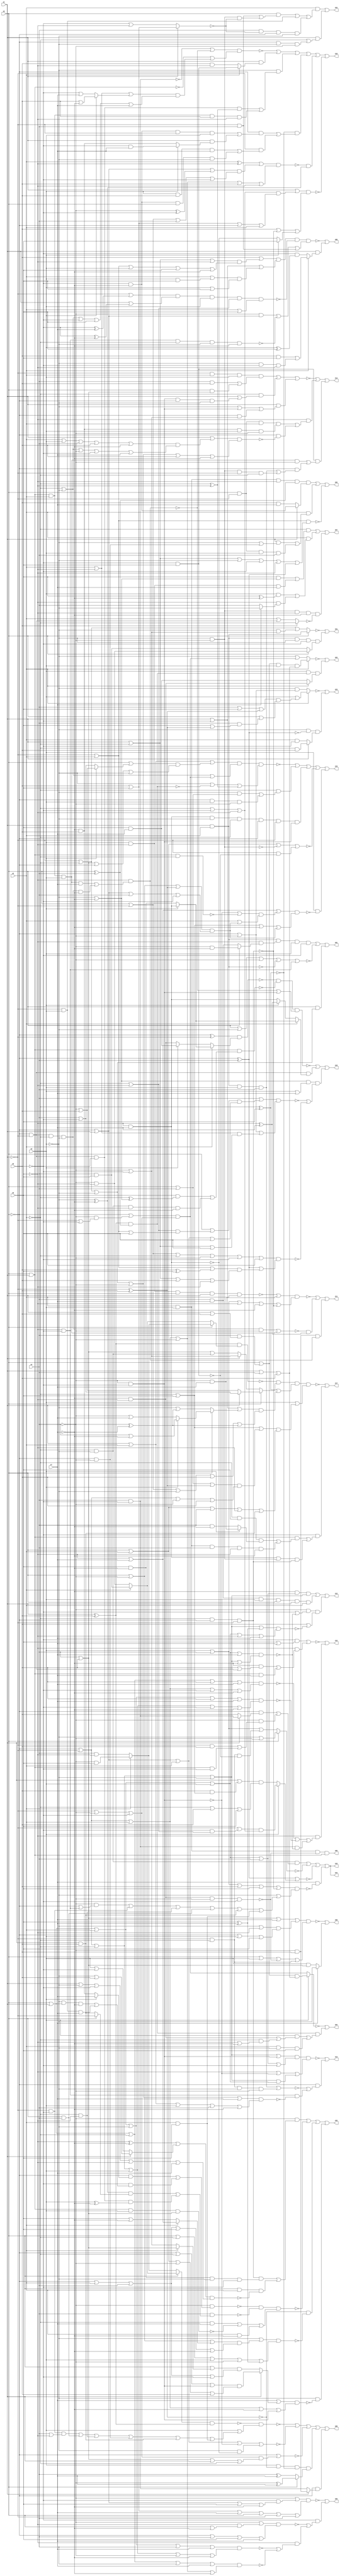
// Benchmark "q_2" written by ABC on Mon Feb 27 16:35:09 2023

module q_2 ( 
    x0, x1, x2, x3, x4, x5, x6, x7,
    z00, z01, z02, z03, z04, z05, z06, z07, z08, z09, z10, z11, z12, z13,
    z14, z15, z16, z17, z18, z19, z20, z21, z22, z23, z24  );
  input  x0, x1, x2, x3, x4, x5, x6, x7;
  output z00, z01, z02, z03, z04, z05, z06, z07, z08, z09, z10, z11, z12, z13,
    z14, z15, z16, z17, z18, z19, z20, z21, z22, z23, z24;
  wire n35, n36, n38, n39, n40, n41, n43, n44, n45, n46, n48, n49, n51, n53,
    n54, n55, n56, n57, n58, n59, n60, n61, n62, n63, n65, n66, n67, n68,
    n70, n72, n73, n74, n76, n77, n78, n79, n81, n82, n83, n84, n85, n87,
    n88, n89, n90, n91, n92, n94, n95, n96, n98, n99, n100, n101, n102,
    n104, n105, n106, n107, n108, n109, n111, n112, n113, n114, n115, n116,
    n117, n118, n119, n121, n122, n123, n124, n125, n127, n128, n129, n130,
    n131, n132, n134, n135, n136, n137, n138, n139, n140, n141, n142, n144,
    n145, n146, n147, n148, n149, n151, n152, n153, n154, n155, n156, n157,
    n158, n159, n161, n162, n164, n166;
  assign z00 = x2 & x3 & ~n35 & n36;
  assign n35 = ~x7 & ~x6 & ~x4 & ~x5;
  assign n36 = x0 & x1;
  assign z01 = n38 | ~n41 | (x0 & (~x1 | ~x2 | ~x3));
  assign n38 = n40 & n39 & x3 & ~x5;
  assign n39 = ~x6 & (x0 ? (~x4 & ~x7) : (x4 & x7));
  assign n40 = x1 & x2;
  assign n41 = x0 | ~x3 | ~x4 | ~n40 | (~x5 & ~x6);
  assign z02 = (n44 & (x1 ? (~x5 & ~x7) : (x5 & x7))) | n43 | ~n45;
  assign n43 = x2 & ((x1 & (~x3 | (~x0 & ~x4))) | (x0 & ~x1 & x3 & x4));
  assign n44 = x2 & x3 & ~x6 & (x0 ^ x4);
  assign n45 = (~x1 | x2) & (x1 | ~x2 | ~x3 | ~x5 | ~x6 | n46);
  assign n46 = ~x0 ^ x4;
  assign z03 = ~n49 | (x3 & n48 & (x2 ? (~x6 & ~x7) : (x6 & x7)));
  assign n48 = (x1 ^ x5) & (x0 ^ x4);
  assign n49 = x2 ? ((x0 | (x4 & (x1 | x5))) & x3 & (x1 | x4 | x5)) : (~x3 | ((~x0 | (~x4 & (~x1 | ~x5))) & (~x1 | ~x4 | ~x5)));
  assign z04 = ~n51 | (n48 & ((x3 & ((~x6 & ~x7) | (~x2 & (~x6 | ~x7)))) | (x2 & ~x3 & x6)));
  assign n51 = x3 ? ((x0 | (x4 & (x1 | x5))) & (x1 | x4 | x5)) : ((~x0 | (~x4 & (~x1 | ~x5))) & (~x1 | ~x4 | ~x5));
  assign z05 = ~n61 | ~n58 | ~n57 | n53 | n56;
  assign n53 = x3 & ~n54 & ~n55 & (x0 ? (~x4 ^ x7) : (x4 ^ x7));
  assign n54 = ~x1 ^ x5;
  assign n55 = ~x2 ^ x6;
  assign n56 = ~x0 & (x1 ? (~x4 & x5) : (x4 & ~x5));
  assign n57 = ~x0 | ((~x1 | ~x4 | ~x5) & (x4 | x5 | x1 | ~x2));
  assign n58 = ~x0 | x1 | x2 | ~n59 | (~x3 & ~n60);
  assign n59 = ~x4 & ~x5;
  assign n60 = ~x6 & x7;
  assign n61 = ~n62 & (x3 | n63);
  assign n62 = (x0 ? (x2 ? (x4 & x6) : (~x4 & ~x6)) : (x2 ? (~x4 & x6) : (x4 & ~x6))) & (x1 ^ x5);
  assign n63 = (~x1 & ~x5 & (x4 | ~x6)) | (x0 & x4) | (~x2 & ~x6) | (~x0 & ~x4) | (x1 & x5) | (x2 & x6);
  assign z06 = ~n65 | (x1 & (x2 ? ((x5 & x6) | (~x3 & ~x5 & ~x6)) : (~x5 & (x3 ^ x6))));
  assign n65 = n66 & ~n67 & ((~x4 & (~x0 | x1)) | ~n68 | (~x1 & x4));
  assign n66 = (x5 | ((x1 | ~x2 | ~x6) & (~x1 | x2 | x3 | x6 | ~x7))) & (x1 | ~x5 | ((x2 | (x3 & x6)) & (x3 | x6)));
  assign n67 = (~x1 | (~x5 ^ x7)) & (x1 | (~x5 ^ ~x7)) & x3 & (~x2 | ~x6) & (x2 | x6);
  assign n68 = ~x6 & ~x5 & ~x2 & ~x3 & ~x7;
  assign z07 = (~x2 & ((x6 & (~x3 | ~x7)) | (x3 & ~x6 & x7))) | (x2 & ((x3 & (x6 ^ ~x7)) | (~x6 & (x7 ? ~x3 : x4)))) | (~x3 & ~x4 & ~x6 & ~x7 & ~n70);
  assign n70 = x5 ? ~x2 : (x2 | (~x0 & ~x1));
  assign z08 = ~n72 | (x7 ? ~x3 : (x3 & (x4 | x5)));
  assign n72 = n73 & (x0 | x3 | ~n74 | (~x1 & ~x2));
  assign n73 = x4 | x5 | x7 | ((~x3 | ~x6) & (~x0 | x3 | x6));
  assign n74 = ~x7 & ~x6 & ~x4 & ~x5;
  assign z09 = ~n79 | (~x5 & (~n76 | (~x6 & (~n77 | ~n78))));
  assign n76 = (~x4 | (~x6 & (x0 | ~x7))) & (~x0 | x4 | x6 | x7);
  assign n77 = (x0 | x1 | x2 | ~x3 | x4 | x7) & (~x0 | ~x1 | ~x2 | x3 | ~x4 | ~x7);
  assign n78 = (x0 | x1 | ~x2 | x4 | x7) & (~x0 | ~x1 | x2 | ~x4 | ~x7);
  assign n79 = (~x4 | (~x5 & (~x0 | x1 | x6 | ~x7))) & (x5 | x6 | x7 | x0 | ~x1 | x4);
  assign z10 = ~n83 | (~x6 & (~n84 | ~n85 | (n81 & ~n82)));
  assign n81 = x4 & ~x5;
  assign n82 = (x0 | x1 | x2 | x3 | x7) & (~x0 | ~x1 | ~x2 | ~x3 | ~x7);
  assign n83 = (~x5 & (x6 | x7)) | (~x6 & ((~x7 & (x5 | (~x0 & ~x1))) | (x0 & x1 & x7)));
  assign n84 = (x0 | x1 | ~x2 | x5 | x7) & (~x0 | ~x1 | x2 | ~x5 | ~x7);
  assign n85 = (x0 | x1 | x2 | ~x3 | x5 | x7) & (~x0 | ~x1 | ~x2 | x3 | ~x5 | ~x7);
  assign z11 = ~n90 | n88 | (~x4 & x5 & n87);
  assign n87 = ~x6 & ((x0 & x1 & x2 & x3 & x7) | (~x0 & ~x1 & ~x2 & ~x3 & ~x7));
  assign n88 = ~n89 & (~x6 ^ x7);
  assign n89 = (~x0 & ~x1 & ~x2 & ~x3 & ~x4) | (x0 & x1 & x2 & x3);
  assign n90 = (~n92 | (~x4 & x7)) & (x3 | x4 | ~x6 | ~x7 | ~n91);
  assign n91 = ~x2 & ~x0 & ~x1;
  assign n92 = ~x6 & x3 & x0 & x1 & x2;
  assign z12 = n95 | n96 | (~x4 & (~x5 | ~n82) & (x5 | ~n94));
  assign n94 = (~x0 | ~x1 | ~x2 | ~x3 | (x6 ^ x7)) & (x0 | x1 | x2 | x3 | ~x6 | x7);
  assign n95 = ~x7 & (x0 | x1 | x2 | x3 | x4) & (~x0 | ~x1 | ~x2 | ~x3);
  assign n96 = x7 & x4 & x3 & x0 & x1 & x2;
  assign z13 = ~n100 | (~x0 & (~n98 | (~x5 & ~x6 & ~n99)));
  assign n98 = (x1 & x2 & x3 & x4) | (~x1 & ~x2 & ~x3 & ~x4);
  assign n99 = (~x1 | ~x2 | ~x3 | ~x4 | x7) & (x1 | x2 | x3 | x4 | ~x7);
  assign n100 = n102 & (~x6 | ~n59 | n101);
  assign n101 = (~x0 | ~x1 | ~x2 | ~x3) & (x0 | x1 | x2 | x3);
  assign n102 = (~x0 | ~x1 | ~x2 | ~x3 | (~x4 & ~x5)) & (x0 | x1 | x2 | x3 | x4 | ~x5);
  assign z14 = ~n109 | n104 | n107;
  assign n104 = ~x6 & ((x0 & ~x1 & x2 & n105) | (~x0 & ~n106));
  assign n105 = ~x7 & x5 & x3 & ~x4;
  assign n106 = (x1 | ((x2 | x3 | x4 | x5 | ~x7) & (~x2 | ~x3 | ~x4 | ~x5 | x7))) & (~x1 | ~x2 | ~x3 | ~x4 | x5 | ~x7);
  assign n107 = n108 & ((x0 & x1 & x2 & x3 & ~x4) | (~x0 & ((x1 & x2 & x3 & x4) | (~x3 & ~x4 & ~x1 & ~x2))));
  assign n108 = ~x5 & x6;
  assign n109 = (~x1 & x2 & x3 & ((x4 & x5) | (x0 & (x4 | x5)))) | (~x2 & (x1 | (~x4 & ~x5 & ~x0 & ~x3))) | (x1 & (~x3 | (~x4 & ~x5) | (~x0 & (~x4 | ~x5))));
  assign z15 = ~n114 | n116 | n117 | ~n118 | (x3 & ~n111);
  assign n111 = (~x6 | x7 | ((~n59 | ~n112) & (x2 | n113))) & (~x2 | x6 | ~x7 | n113);
  assign n112 = x0 & x1 & ~x2;
  assign n113 = (x0 | ~x4 | (~x1 ^ x5)) & (~x0 | x1 | x4 | ~x5);
  assign n114 = n115 & (~x3 | ~n48 | (~x2 ^ ~x6));
  assign n115 = (x1 | x2 | ((x0 | (x3 ? (~x4 | x5) : (x4 | ~x5))) & (x4 | x5 | ~x0 | ~x3))) & (~x2 | ~x3 | ((~x0 | (~x4 & (~x1 | ~x5))) & (~x1 | ~x4 | ~x5)));
  assign n116 = ~x2 & ((~x3 & (x0 | x4)) | (~x0 & x3 & ~x4));
  assign n117 = n60 & ~x3 & ~x2 & ~x0 & ~x1 & n59;
  assign n118 = x0 | x2 | ~n119 | (~x1 & ~n108);
  assign n119 = ~x3 & ~x4;
  assign z16 = n123 | ~n124 | ~n125 | (x7 & ~n121);
  assign n121 = (x3 | x4 | x5 | x6 | ~n91) & (~x3 | n122);
  assign n122 = (~x4 & (~x0 | (~x5 & ~x6))) | (~x1 & ~x5) | (~x2 & ~x6) | (x0 & x4) | (x1 & x5) | (x2 & x6);
  assign n123 = ~x2 & ~x3 & ((~x0 & (x1 ? (x4 & ~x5) : x5)) | (~x4 & ((~x1 & x5) | (x0 & x1 & ~x5))));
  assign n124 = x0 ? (~x3 | ~x4) : (x3 | x4 | (~x1 & ~x2 & ~n108));
  assign n125 = n46 | (x3 ? ((~x1 | (~x5 & (~x2 | ~x6))) & (~x2 | ~x5 | ~x6)) : ((x1 | (x5 & (~x2 | x6))) & (~x2 | x5 | x6)));
  assign z17 = ~n128 | (~x5 & (n127 | (n60 & n119 & n91)));
  assign n127 = n36 & ((~x2 & x6 & (x3 ? (~x4 & x7) : (x4 & ~x7))) | (x2 & x3 & x4 & ~x6 & ~x7));
  assign n128 = ~n131 & n132 & (n55 | n129) & (x3 | n130);
  assign n129 = (x1 | ~x5 | (x0 ? (x3 ? (x4 | ~x7) : (~x4 | x7)) : (~x3 | (~x4 ^ ~x7)))) & (x0 | ~x1 | ~x3 | x5 | (~x4 ^ ~x7));
  assign n130 = (~x2 | x6 | ((x0 | x4 | (~x1 ^ x5)) & (~x0 | ~x1 | ~x4 | x5))) & (x0 | x2 | x4 | ~x6 | (x1 & x5));
  assign n131 = (x1 ^ x5) & (x0 ? (x2 ? (~x4 & x6) : (x4 & ~x6)) : (x2 ? (x4 & x6) : (~x4 & ~x6)));
  assign n132 = x0 ? (x1 ? (x4 | ~x5) : (~x4 | x5)) : (x1 ? (~x4 | ~x5) : (x4 | x5 | (~x2 & ~x3)));
  assign z18 = ~n141 | n138 | n137 | n134 | n135 | ~n139;
  assign n134 = ~n55 & ((~x0 & ((~x5 & ~x7 & ~x1 & x3) | (x1 & (x3 ? (~x5 & x7) : (x5 & ~x7))))) | (~x1 & ((x3 & x5 & x7) | (~x5 & ~x7 & x0 & ~x3))));
  assign n135 = ~n136 & (~x3 ^ ~x7);
  assign n136 = ((x2 ^ ~x6) | ((~x0 | x1 | (~x4 ^ ~x5)) & (x0 | ~x1 | x4 | ~x5))) & (~x0 | ~x1 | x2 | ~x4 | x5 | ~x6);
  assign n137 = ~x3 & ((~x0 & ~x1 & ~x5 & (~x2 ^ ~x6)) | (x0 & x1 & x2 & x5 & ~x6));
  assign n138 = x1 & (x2 ? (~x5 & x6) : (x5 & ~x6));
  assign n139 = n140 & (x5 | ~n91 | (x3 ? x6 : ~n60));
  assign n140 = x1 | ((~x2 | ~x5 | ~x6) & (x5 | x6 | ~x0 | x2));
  assign n141 = (~n81 | ~n87) & (~n36 | n142);
  assign n142 = (x2 | ~x6 | (x3 ? (x5 | ~x7) : (~x5 | x7))) & (~x2 | ~x3 | ~x5 | x6 | x7);
  assign z19 = ~n145 | n148 | ((~x3 | ~x7) & (x3 | x7) & (~n144 | ~n149));
  assign n144 = (x4 | ((x0 | ((~x2 | ~x6) & (~x1 | x2 | x6))) & (~x0 | x1 | x2 | x6))) & (~x0 | ~x4 | ((x2 | ~x6) & (x1 | ~x2 | x6)));
  assign n145 = ~n146 & ~n147 & (~n87 | (~x4 & ~x5));
  assign n146 = (~x0 ^ ~x1) & (x2 ? (x3 ? (~x6 & x7) : (x6 & ~x7)) : (x3 ? (x6 & x7) : (~x6 & ~x7)));
  assign n147 = x0 & x1 & ((x6 & (~x2 ^ (~x3 | ~x7))) | (~x2 & ~x3 & ~x6 & ~x7));
  assign n148 = ~x0 & ~x1 & (x2 ? (x3 ? (~x6 & x7) : (x6 & ~x7)) : (x3 ? (~x6 ^ x7) : (~x6 & x7)));
  assign n149 = (x0 | ~x1 | ~x2 | ~x4 | ~x5 | x6) & ((~x0 ^ x4) | ((~x1 | x2 | (x5 ^ x6)) & (x1 | ~x2 | x5 | ~x6)));
  assign z20 = n152 | ~n156 | (~n54 & ~n155) | (~x3 & ~n151);
  assign n151 = (x7 | (x1 ? ((~x0 | ~x2 | (~x4 & ~x5)) & (x0 | x2 | ~x4 | x5)) : ((x0 | (x2 ? (x4 | x5) : (~x4 | ~x5))) & (~x0 | x2 | x4 | ~x5)))) & (~x0 | ~x1 | x2 | ~x7 | (~x4 & ~x5));
  assign n152 = ~x4 & ((n91 & n154) | (x0 & x2 & ~n153));
  assign n153 = ((~x6 ^ ~x7) | (x1 ? (~x3 | x5) : (x3 | ~x5))) & (x1 | ~x3 | ~x5 | ~x6 | x7);
  assign n154 = ~x7 & x6 & ~x3 & ~x5;
  assign n155 = (~x3 | ((x0 | ~x4 | (x2 ? (~x6 | x7) : (x6 | ~x7))) & (~x0 | x2 | x4 | x6 | ~x7))) & (x0 | ~x2 | x3 | ~x4 | (x6 ^ x7));
  assign n156 = ~n157 & ~n158 & ((~x2 & x7) | ~n159 | (x2 & ~x7));
  assign n157 = ~x4 & ((~x0 & (x3 ? x7 : (x5 & ~x7))) | (~x5 & ((~x3 & (x0 | x1) & ~x7) | (~x1 & x3 & x7))));
  assign n158 = x4 & (((~x3 ^ ~x7) & (x0 ? ~x1 : (x1 & x5))) | (~x0 & ~x1 & ~x5 & (x3 ^ ~x7)));
  assign n159 = x0 & x1 & x3 & (x4 | x5);
  assign z21 = ~n162 | (n161 & (x0 ? (~x4 & ~x6) : (x4 & x6)));
  assign n161 = x1 & x2 & ~x3 & ~x5;
  assign n162 = x0 ? (x1 & x2) : (~x1 | ~x2 | (~x3 & (~x4 | ~x5)));
  assign z22 = (x2 & ((x0 & ((~x1 & x4) | (~x3 & ~x4 & ~n164))) | (~x1 & x3) | (x4 & ~n164 & ~x0 & ~x3))) | (x1 & (~x2 | (~x0 & ~x3 & ~x4)));
  assign n164 = x1 ? (x5 | x6) : (~x5 | ~x6);
  assign z23 = ~n166 | (~x3 & ~n46 & (x1 ? (~x2 & x5) : (x2 & ~x5)));
  assign n166 = x2 ? (x3 | ((x4 | x6 | n54) & (x0 | (x4 & (x6 | n54))))) : (~x3 & (~x0 | ~x4));
  assign z24 = n123 | ~n124 | ~n125 | (x7 & ~n121);
endmodule